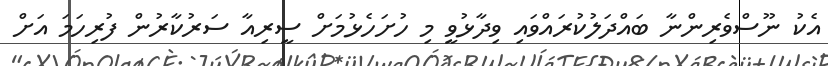
އެކު ނޫސްވެރިންނާ ބައްދަލުކުރައްވައި ވިދާޅުވީ މި ހުށަހެޅުމަށް ސީރިއާ ސަރުކާރުން ފުރިހަމަ އަށް